Report on vaccination in Madras 1904-1921 - 1904-1921
Year: 1904
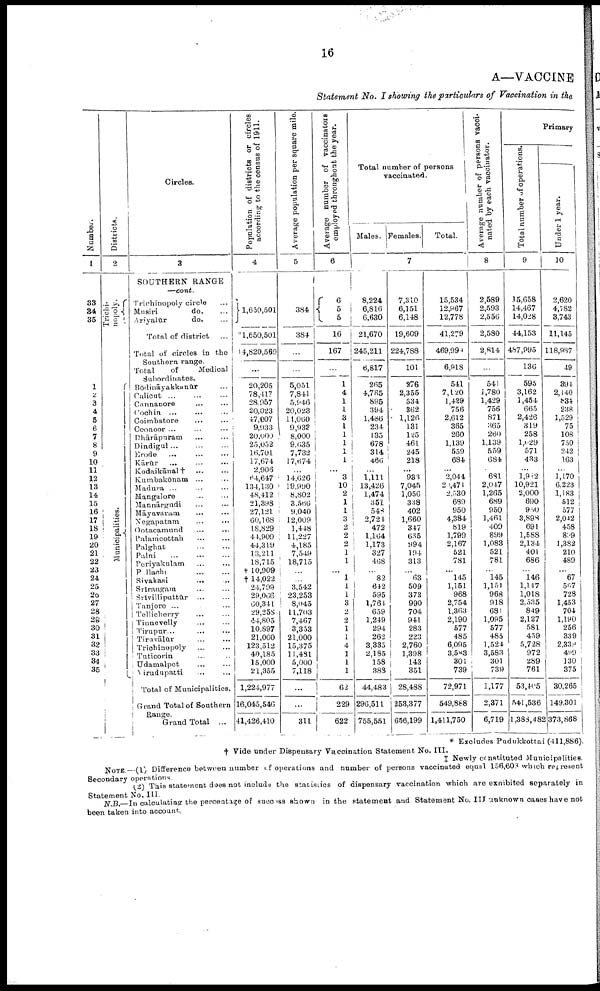
16
A—VACCINE
Statement No. I showing the particulars of Vaccination in the
Number.
1
33
34
35
1
2
3
4
5
6
7
8
9
10
11
12
13
14
15
16
17
18
19
20
21
22
23
24
25
26
27
28
29
30
31
32
33
34
35
Districts.
2
Trichi-
nopoly.
Municipalities.
Circles.
3
SOUTHERN RANGE
—cont.
Trichinopoly circle ...
Musiri
do. ...
Ariyalur
do. ...
Total of district ...
Total of circles in the
Southern range.
Total
of
Medical
Subordinates.
Bōdināyakkanūr ...
Calicut ... ... ...
Cannanore ... ...
Cochin ... ... ...
Coimbatore ... ...
Coonoor ... ... ...
Dhārāpuram ... ...
Dindigul
...
...
...
Erode
... ... ...
Kārūr ... ... ...
Kodaikānal †
...
...
Kumbakōnam ... ...
Madura ... ... ...
Mangalore ... ...
Mannārgudi ... ...
Māyavaram ... ...
Negapatam ... ...
Ootacamund ... ...
Palamcottah ... ...
Palghat ... ...
Palni
...
...
...
Periyakulam ... ...
Pellchi
...
...
Sivakasi ... ...
Srīrangam ... ...
Srīvilliputtūr
...
...
Tanjore ... ... ...
Tellicherry ... ...
Tinnevelly
...
...
Tirupur... ... ...
Tiruvālūr
...
...
Trichinopoly ... ...
Tuticorin ... ...
Udamalpet
...
...
Virudupatti ... ...
Total of Municipalities.
Grand Total of Southern
Range.
Grand Total ...
Population of districts or circles
according to the census of 1911.
4
1,650,501
*1,650,501
†4,820,569
...
20,205
78,417
28,957
20,023
47,007
9,933
20,000
25,052
16,701
17,674
2,906
64,647
134,130
48,412
21,398
27,121
60,168
18,829
44,909
44,319
13,211
18,715
† 10,909
†14,022
24,799
29,066
60,341
29,258
44,805
10,897
21,000
123,512
40,185
15,000
21,355
1,224,977
16,045,546
41,426,410
Average population per square mile.
5
384
384
...
...
5,051
7,841
5,946
20,023
11,060
9,933
8,000
9,635
7,732
17,674
...
14,626
19,990
8,802
3,566
9,040
12,009
1,448
11,227
4,185
7,549
18,715
...
...
3,542
23,253
8,045
11,703
7,467
3,353
21,000
15,375
11,481
5,000
7,118
...
...
311
Average number of vaccinators
employed throughout the year.
6
6 5
5
16
167
...
1
4
1
1
3
1
1
1
1
1
...
3
10
2
1
1
3
2
2
2
1
1
...
1
1
1
3
2
2
1
1
4
1
1
1
62
229
622
Total number of persons
vaccinated.
Males. Females.
Total.
7
8,224
6,816
6,630
21,670
245,211
6,817
265
4,765
895
394
1,486
234
135
678
314
466
...
1,111
13,426
1,474
351
548
2,724
472
1,164
1,173
327
468
...
82
642
595
l,764
659
1,249
294
262
3,335
2,185
158
388
44,483
296,511
755,551
7,310
6,151
6,148
19,609
224,788
101
276
2,355
534
362
1,126
131
125
461
245
218
...
933
7,045
1,056
338
402
1,660
347
635
994
194
313
...
63
509
373
990
704
941
283
223
2,760
1,398
143
351
28,488
253,377
656,199
15,534
12,967
12,778
41,279
469,994
6,918
541
7,120
1,429
756
2,612
365
260
1,139
559
684
...
2,044
20,471
2,530
689
950
4,384
819
1,799
2,167
521
781
...
145
1,151
968
2,754
1,363
2,190
577
485
6,095
3,583
301
739
72,971
549,888
1,411,750
Average number of persons vacci-
nated by each vaccinator.
8
2,589
2,593
2,556
2,580
2,814
...
541
1,780
1,429
756
871
365
260
1,139
559
684
...
681
2,047
1,265
689
950
1,461
409
899
1,083
521
781
...
145
1,151
968
918
681
1,095
577
485
1,524
3,583
301
739
1,177
2,371
6,719
Primary
Total number of operations.
9
15,658
14,467
14,028
44,153
487,995
136
595
3,162
1,454
665
2,426
319
258
1,029
571
433
...
1,912
10,921
2,000
690
950
3,898
691
1,588
2,134
401
686
...
146
1,147
1,018
2,535
849
2,127
581
459
5,728
972
289
761
53,405
541,536
1,388,482
Under 1 year.
10
2,620
4,782
3,743
11,145
118,987
49
394
2,140
834
238
1,529
75
108
750
242
163
...
1,170
6,223
1,183
512
577
2,042
458
899
1,382
210
489
...
67
567
728
1,453
704
1,190
256
339
2,339
499
130
375
30,265
149,301
373,868
* Excludes Pudukkottai (411,886).
† Vide under Dispensary Vaccination Statement No. III.
‡ Newly constituted Municipalities.
NOTE.—(1) Difference between number of operations and number of persons vaccinated equal 156,603 which represent
Secondary operations.
(2) This statement does not include the statistics of dispensary vaccination which are exhibited separately in
Statement No. III.
N.B.—In calculating the percentage of success shown in the statement and Statement No. III unknown cases have not
been taken into account.